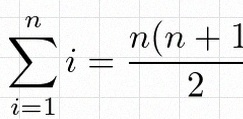
\sum_{i=1}^{n}i=\frac{n(n+1)}2